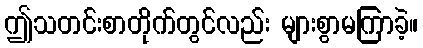
ဤသတင်းစာတိုက်တွင်လည်း များစွာမကြာခဲ့။